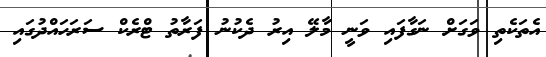
އެތަކެތި ވަގަށް ނަގާފައި ވަނީ މާލޭ އިރު ދެކުނު ފަރާތު ޓްރެކް ސަރަހައްދުގައި